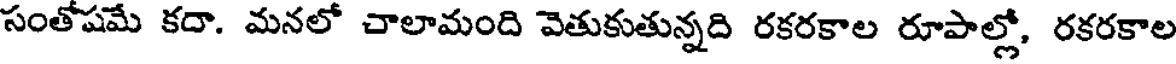
సంతోషమే కదా. మనలో చాలామంది వెతుకుతున్నది రకరకాల రూపాల్లో, రకరకాల